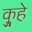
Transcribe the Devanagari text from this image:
कुर्‍हे